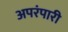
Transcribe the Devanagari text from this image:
अपरंपारी